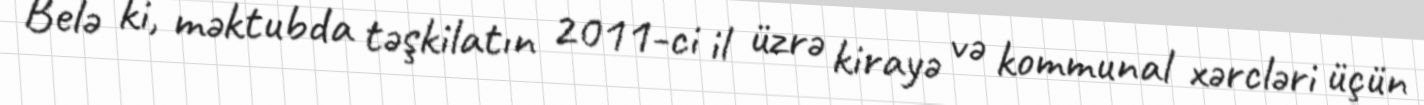
Belə ki, məktubda təşkilatın 2011-ci il üzrə kirayə və kommunal xərcləri üçün